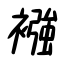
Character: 襁